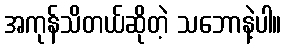
အကုန်သိတယ်ဆိုတဲ့ သဘောနဲ့ပါ။